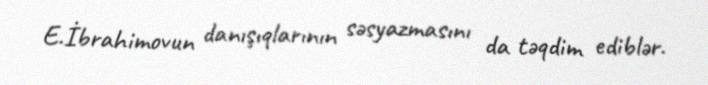
E.İbrahimovun danışıqlarının səsyazmasını da təqdim ediblər.